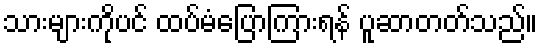
သားများကိုပင် ထပ်မံပြောကြားရန် ပူဆာတတ်သည်။